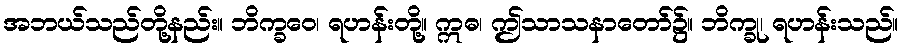
အဘယ်သည်တို့နည်း။ ဘိက္ခဝေ၊ ရဟန်းတို့။ ဣဓ၊ ဤသာသနာတော်၌။ ဘိက္ခု၊ ရဟန်းသည်။